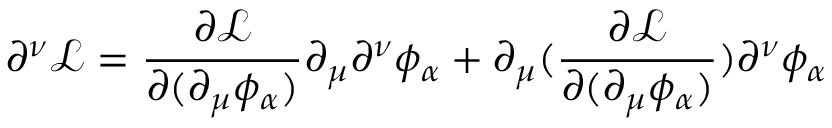
\partial ^ { \nu } { \mathcal { L } } = { \frac { \partial { \mathcal { L } } } { \partial ( \partial _ { \mu } \phi _ { \alpha } ) } } \partial _ { \mu } \partial ^ { \nu } \phi _ { \alpha } + \partial _ { \mu } ( { \frac { \partial { \mathcal { L } } } { \partial ( \partial _ { \mu } \phi _ { \alpha } ) } } ) \partial ^ { \nu } \phi _ { \alpha }